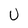
Character: U